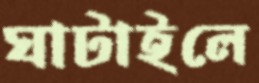
ঘাটাইলে